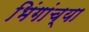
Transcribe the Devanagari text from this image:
भिंगांच्या